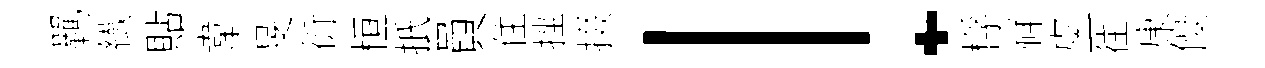
羈纎貼韋旻衍桓扺員住挫掇！桴祥虞一往康優